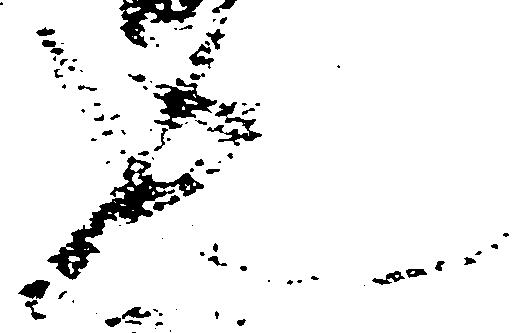
也